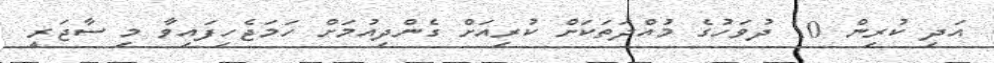
އަދި ކުރިން 10 ދުވަހުގެ މުއްދަތަކަށް ކުރިއަށް ގެންދިއުމަށް ހަމަޖެހިފައިވާ މި ސާޖަރީ